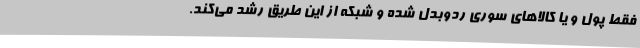
فقط پول و یا کالاهای سوری ردوبدل شده و شبکه از این طریق رشد می‌کند.